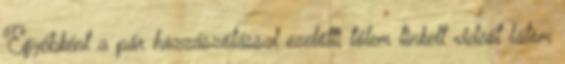
Egyébként a pár hozzászólással ezelőtti tőlem linkelt videót látom